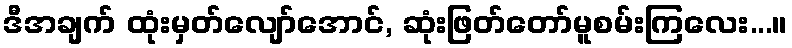
ဒီအချက် ထုံးမှတ်လျော်အောင်, ဆုံးဖြတ်တော်မူစမ်းကြလေး...။